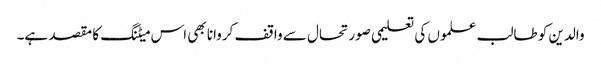
والدین کو طالب علموں کی تعلیمی صورتحال سے واقف کروانا بھی اس میٹنگ کا مقصد ہے۔